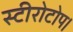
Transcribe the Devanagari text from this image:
स्टीरोटोप।